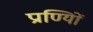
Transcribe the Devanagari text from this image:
प्राण्यिों